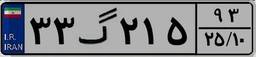
۳۳گ۲۱۵۹۳